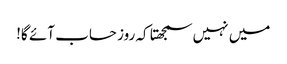
میں نہیں سمجھتا کہ روز حساب آئے گا!